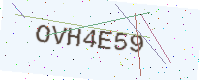
Text: OVH4E59